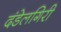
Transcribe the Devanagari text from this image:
दंडेलगिरी